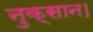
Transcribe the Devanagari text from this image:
नुक्सान।